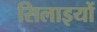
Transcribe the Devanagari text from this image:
सिलाइयों